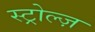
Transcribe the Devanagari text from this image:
स्ट्रोल्ज़